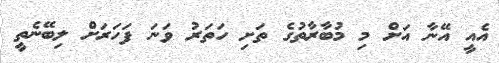
އެއީ އޭނާ އަށް މި މުބާރާތުގެ ތަށި ހަތަރު ވަނަ ފަހަރަށް ލިބޭނެތީ